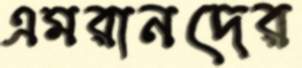
এমরানদের